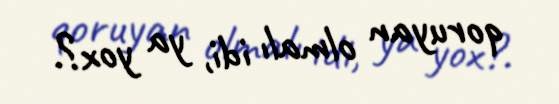
qoruyan olmalı idi, ya yox?.